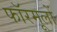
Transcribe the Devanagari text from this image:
फॉरमूलों